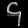
Digit: ၄